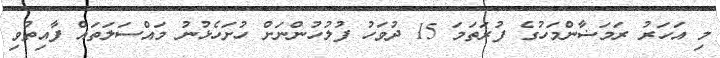
މި އަހަރު ރަމަޟާންމަހުގެ ފުރަތަމަ 15 ދުވަހު ފުލުހުންނަށް ހުށަހެޅުނު މައްސަލަތައް ފާއިތުވި